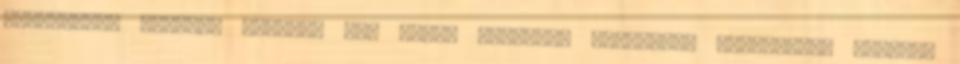
mártogatós tesztek valóban nem érnek sokat.És különböző gyártmányú tesztek